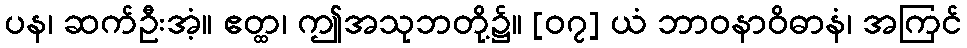
ပန၊ ဆက်ဦးအံ့။ ဧတ္ထ၊ ဤအသုဘတို့၌။ [၀၇] ယံ ဘာဝနာဝိဓာနံ၊ အကြင်